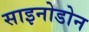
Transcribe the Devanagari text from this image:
साइनोडोन